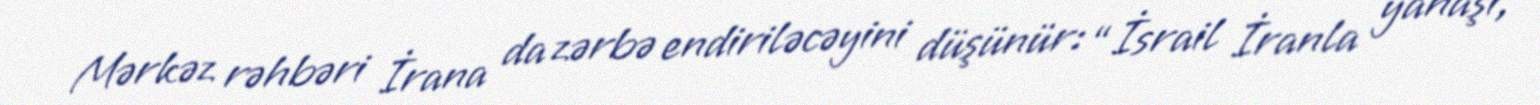
Mərkəz rəhbəri İrana da zərbə endiriləcəyini düşünür: “İsrail İranla yanaşı,